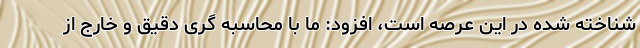
شناخته شده در این عرصه است، افزود: ما با محاسبه گری دقیق و خارج از